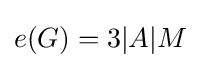
e(G)=3|A|M